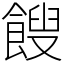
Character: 餿